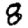
Digit: 8